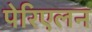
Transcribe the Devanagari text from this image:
पेरिएलन